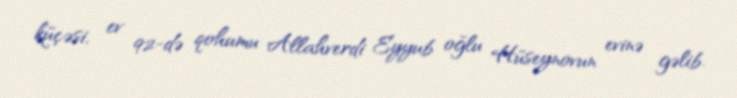
küçəsi, ev 92-də qohumu Allahverdi Eyyub oğlu Hüseynovun evinə gəlib.